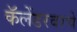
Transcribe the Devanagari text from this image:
कॅलेंडरवरचे